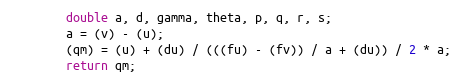
Language: Java
        double a, d, gamma, theta, p, q, r, s;
        a = (v) - (u);
        (qm) = (u) + (du) / (((fu) - (fv)) / a + (du)) / 2 * a;
        return qm;